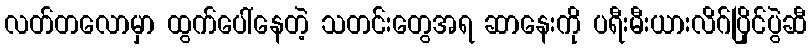
လတ်တလောမှာ ထွက်ပေါ်နေတဲ့ သတင်းတွေအရ ဆာနေးကို ပရီးမီးယားလိဂ်ပြိုင်ပွဲဆီ